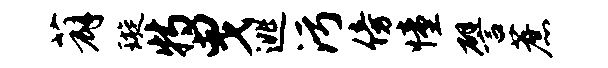
薜璇特曳逃污傍憧譬蔗